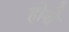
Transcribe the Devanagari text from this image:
होशे